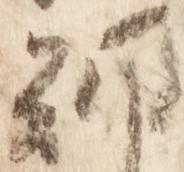
朝